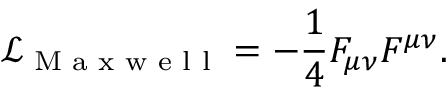
\mathcal { L } _ { \textrm { M a x w e l l } } = - \frac { 1 } { 4 } F _ { \mu \nu } F ^ { \mu \nu } .